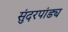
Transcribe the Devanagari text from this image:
सुंदरपांड्य